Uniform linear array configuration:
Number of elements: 8
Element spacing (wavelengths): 0.25
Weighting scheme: uniform
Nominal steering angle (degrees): -60
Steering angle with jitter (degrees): -59.662
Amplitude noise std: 0.05
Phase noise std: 0.05

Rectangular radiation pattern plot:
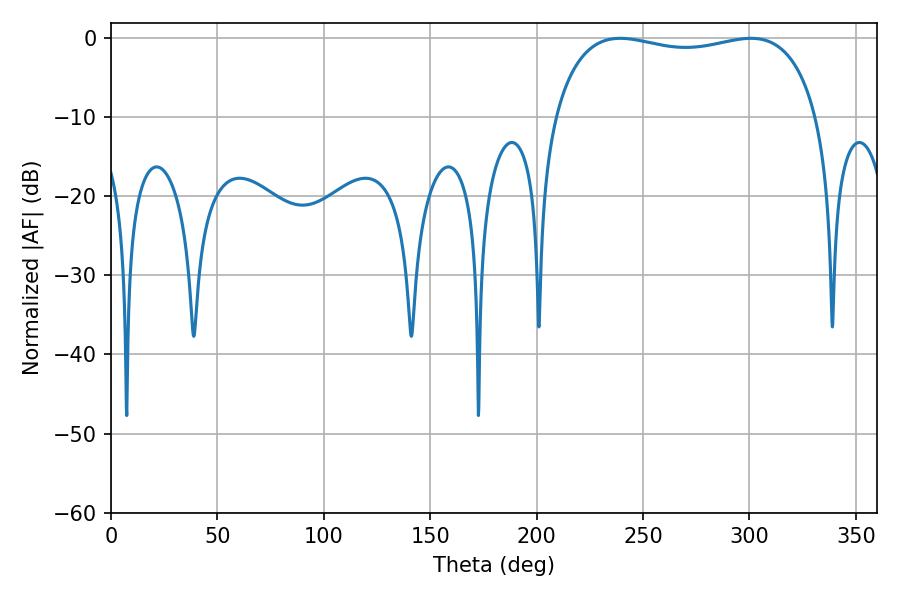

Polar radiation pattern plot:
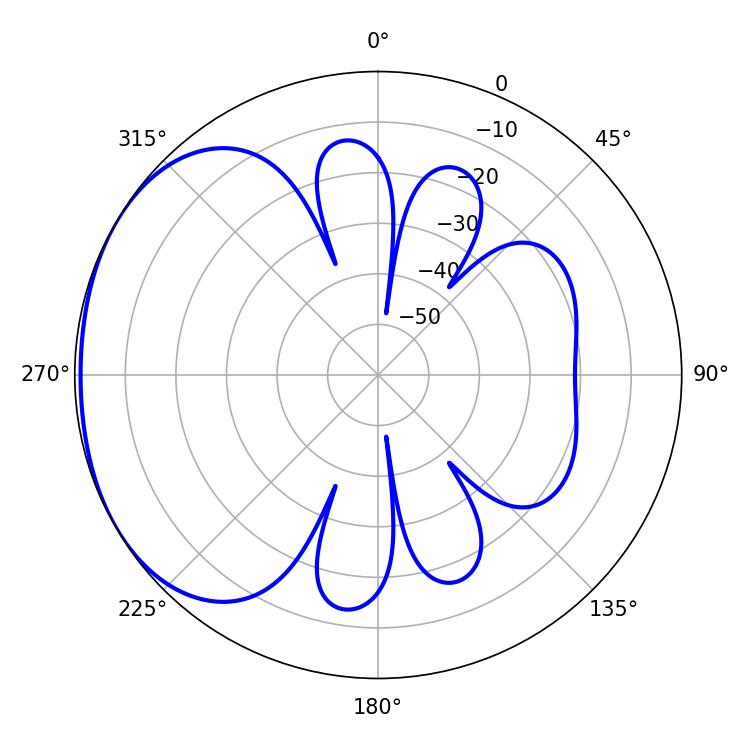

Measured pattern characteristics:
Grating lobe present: FALSE
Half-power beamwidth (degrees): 100.8
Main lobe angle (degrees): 239.22